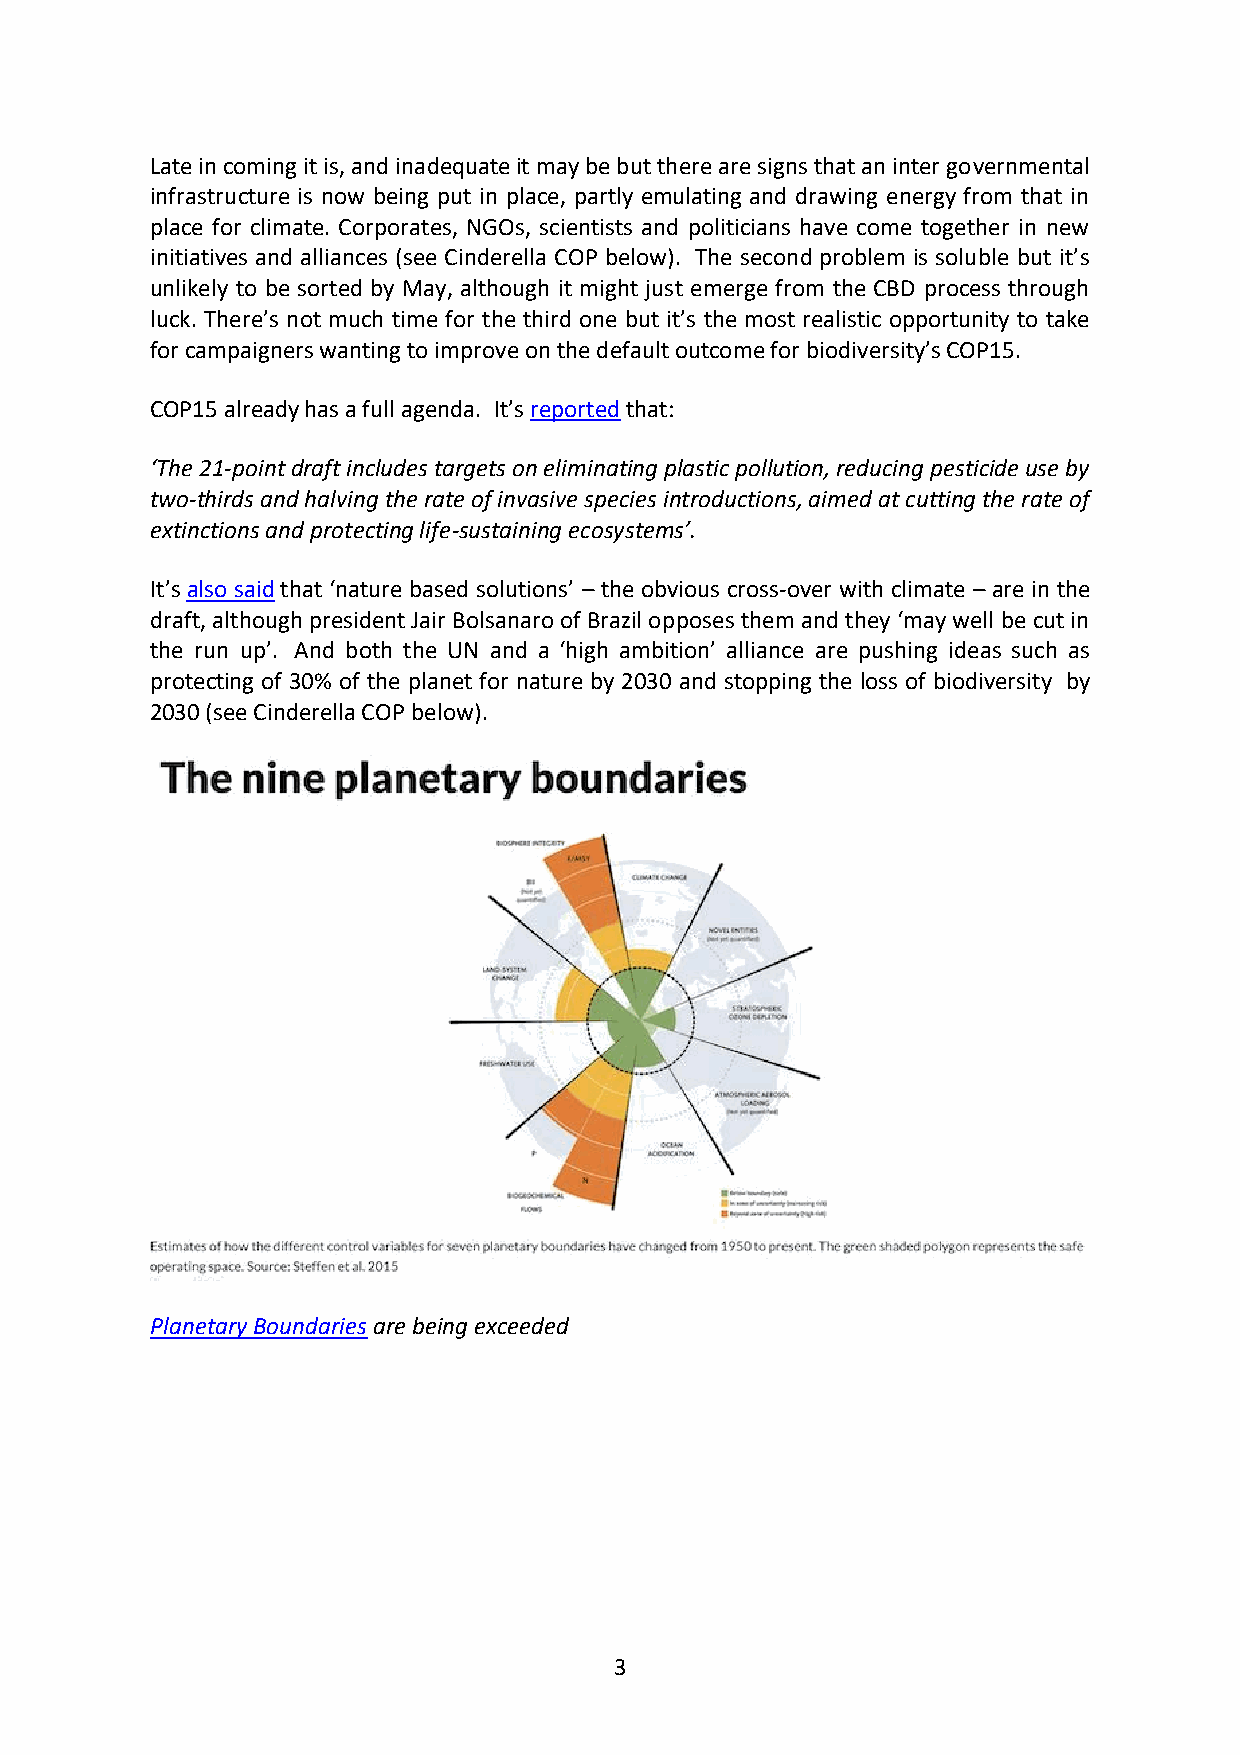
Late in coming it is, and inadequate it may be but there are signs that an inter governmental
 infrastructure is now being put in place, partly emulating and drawing energy from that in
 place for climate. Corporates, NGOs, scientists and politicians have come together in new
 initiatives and alliances (see Cinderella COP below). The second problem is soluble but it’s
 unlikely to be sorted by May, although it might just emerge from the CBD process through
 luck. There’s not much time for the third one but it’s the most realistic opportunity to take
 for campaigners wanting to improve on the default outcome for biodiversity’s COP15.
 COP15 already has a full agenda. It’s reported that:
 ‘The 21-point draft includes targets on eliminating plastic pollution, reducing pesticide use by
 two-thirds and halving the rate of invasive species introductions, aimed at cutting the rate of
 extinctions and protecting life-sustaining ecosystems’.
 It’s also said that ‘nature based solutions’ – the obvious cross-over with climate – are in the
 draft, although president Jair Bolsanaro of Brazil opposes them and they ‘may well be cut in
 the run up’. And both the UN and a ‘high ambition’ alliance are pushing ideas such as
 protecting of 30% of the planet for nature by 2030 and stopping the loss of biodiversity by
 2030 (see Cinderella COP below).
 Planetary Boundaries are being exceeded
 3